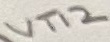
Text: VT12